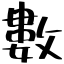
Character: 數